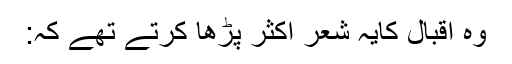
وہ اقبال کایہ شعر اکثر پڑھا کرتے تھے کہ: